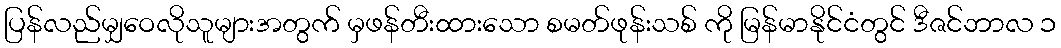
ပြန်လည်မျှဝေလိုသူများအတွက် မှဖန်တီးထားသော စမတ်ဖုန်းသစ် ကို မြန်မာနိုင်ငံတွင် ဒီဇင်ဘာလ ၁